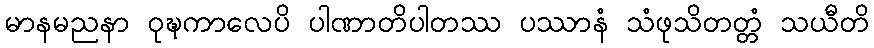
မာနမညနာ ဝုဍ္ဎကာလေပိ ပါဏာတိပါတဿ ပဿာနံ သံဖုသိတတ္တံ သယီတိ